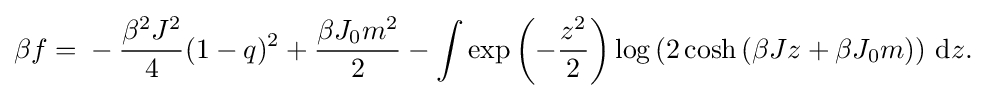
{\begin{aligned}\beta f={}-{\frac {\beta ^{2}J^{2}}{4}}(1-q)^{2}+{\frac {\beta J_{0}m^{2}}{2}}-\int \exp \left(-{\frac {z^{2}}{2}}\right)\log \left(2\cosh \left(\beta Jz+\beta J_{0}m\right)\right)\,\mathrm {d} z.\end{aligned}}